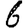
Digit: 6